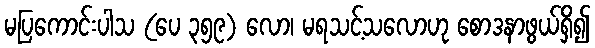
မပြကောင်းပါသ (ပေ ၃၅၉) လော၊ မရသင့်သလောဟု စောဒနာဖွယ်ရှိ၍